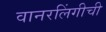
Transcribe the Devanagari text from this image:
वानरलिंगीची